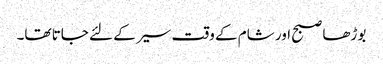
بوڑھا صبح اور شام کے وقت سیر کے لئے جاتا تھا۔